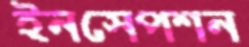
ইনসেপশন